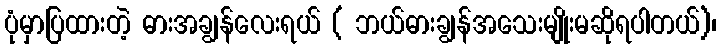
ပုံမှာပြထားတဲ့ ဓားအချွန်လေးရယ် ( ဘယ်ဓားချွန်အသေးမျိုးမဆိုရပါတယ်)၊